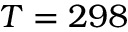
T = 2 9 8